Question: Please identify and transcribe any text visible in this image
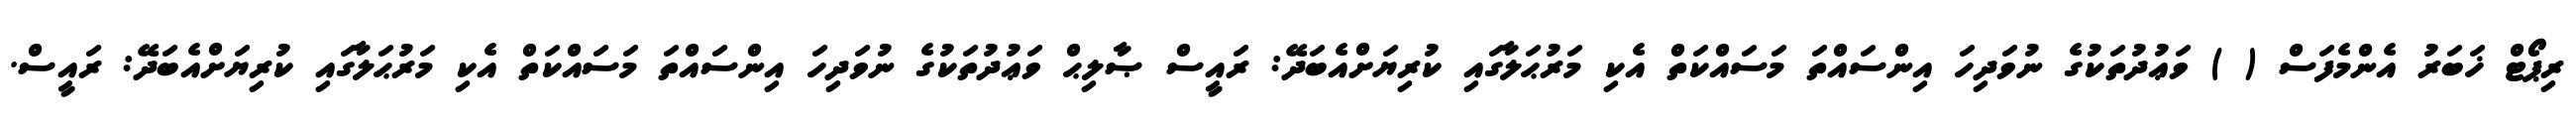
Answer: ރިޕޯޓް ޚަބަރު އެންމެފަސް ( ) ވަޢުދުތަކުގެ ނުވަދިހަ އިންސައްތަ މަސައްކަތް އެކި މަރުޙަލާގައި ކުރިޔަށްއެބަދޭ: ރައީސް ޞާލިޙް ވަޢުދުތަކުގެ ނުވަދިހަ އިންސައްތަ މަސައްކަތް އެކި މަރުޙަލާގައި ކުރިޔަށްއެބަދޭ: ރައީސް.